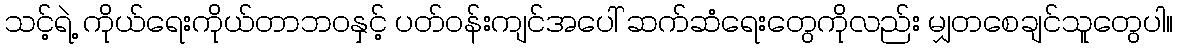
သင့်ရဲ့ ကိုယ်ရေးကိုယ်တာဘဝနှင့် ပတ်ဝန်းကျင်အပေါ် ဆက်ဆံရေးတွေကိုလည်း မျှတစေချင်သူတွေပါ။